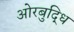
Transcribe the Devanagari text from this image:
ओरबुद्धि